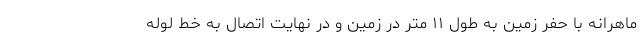
ماهرانه با حفر زمین به طول ۱۱ متر در زمین و در نهایت اتصال به خط لوله